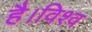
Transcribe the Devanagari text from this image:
है।विश्व